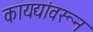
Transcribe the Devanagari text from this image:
कायद्यांवरून